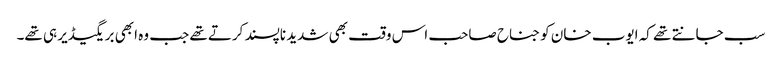
سب جانتے تھے کہ ایوب خان کو جناح صاحب اس وقت بھی شدید ناپسند کرتے تھے جب وہ ابھی بریگیڈیر ہی تھے۔